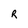
Character: R